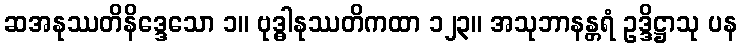
ဆအနုဿတိနိဒ္ဒေသော ၁။ ဗုဒ္ဓါနုဿတိကထာ ၁၂၃။ အသုဘာနန္တရံ ဥဒ္ဒိဋ္ဌာသု ပန